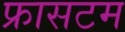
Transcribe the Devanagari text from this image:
फ्रासटम